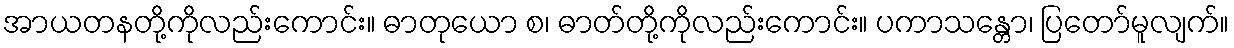
အာယတနတို့ကိုလည်းကောင်း။ ဓာတုယော စ၊ ဓာတ်တို့ကိုလည်းကောင်း။ ပကာသန္တော၊ ပြတော်မူလျက်။